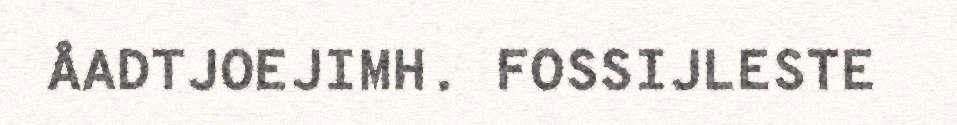
ÅADTJOEJIMH. FOSSIJLESTE